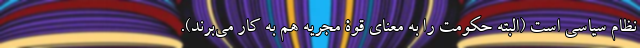
نظام سیاسی است (البته حکومت را به معنای قوۀ مجریه هم به کار می‌برند).